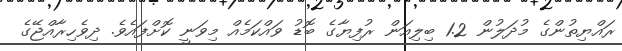
ރައްޔިތުންގެ މުދަލުން 1.2 ބިލިއަން ރުފިޔާގެ ބޮޑު ވައްކަމެއް މިވަނީ ކޮށްފައެވެ. ދިވެހިރާއްޖޭގެ